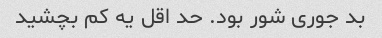
بد جوری شور بود. حد اقل یه کم بچشید